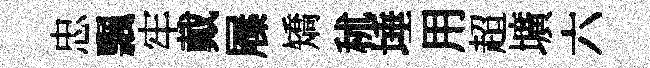
忠飄牢戴屧矯秫埵用超壙六